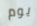
يوم